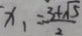
x _ { 1 } = \frac { 3 + \sqrt { 5 } } { 2 }